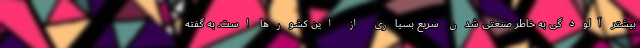
بیشتر آلودگی به خاطر صنعتی شدن سریع بسیاری از این کشورها است. به گفته